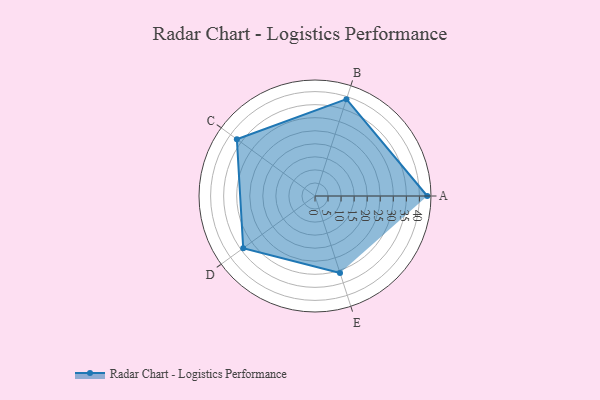
{"axis": {"x": "Skill", "y": "Score"}, "legend": ["Profile"], "data": [{"x": "A", "y": 43.0, "type": "Profile"}, {"x": "B", "y": 39.0, "type": "Profile"}, {"x": "C", "y": 37.0, "type": "Profile"}, {"x": "D", "y": 34.0, "type": "Profile"}, {"x": "E", "y": 31.0, "type": "Profile"}]}